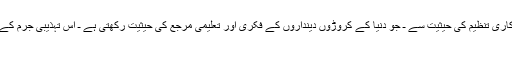
عالمی اہل بیت (ع) اسمبلی، سینکڑوں دینی و علمی مفکرین پر مشتمل بین الاقوامی غیر سرکاری تنظیم کی حیثیت سے ـ جو دنیا کے کروڑوں دینداروں کے فکری اور تعلیمی مرجع کی حیثیت رکھتی ہے ـ اس تہذیبی جرم کے رد عمل کے طور پر، مسلمانان عالم کی توجہ درج ذیل نکات کی طرف مبذول کراتی ہے:
1۔